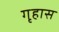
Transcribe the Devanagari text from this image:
गृहास